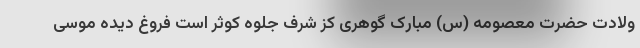
ولادت حضرت معصومه (س) مبارک گوهرى کز شرف جلوه کوثر است فروغ دیده موسى